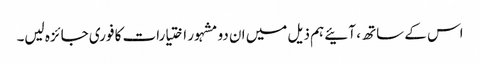
اس کے ساتھ ، آئیے ہم ذیل میں ان دو مشہور اختیارات کا فوری جائزہ لیں۔